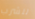
للشرب